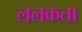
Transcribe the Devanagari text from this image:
ललकता